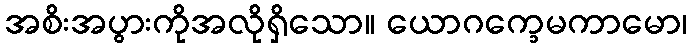
အစိးအပွားကိုအလိုရှိသော။ ယောဂက္ခေမကာမော၊